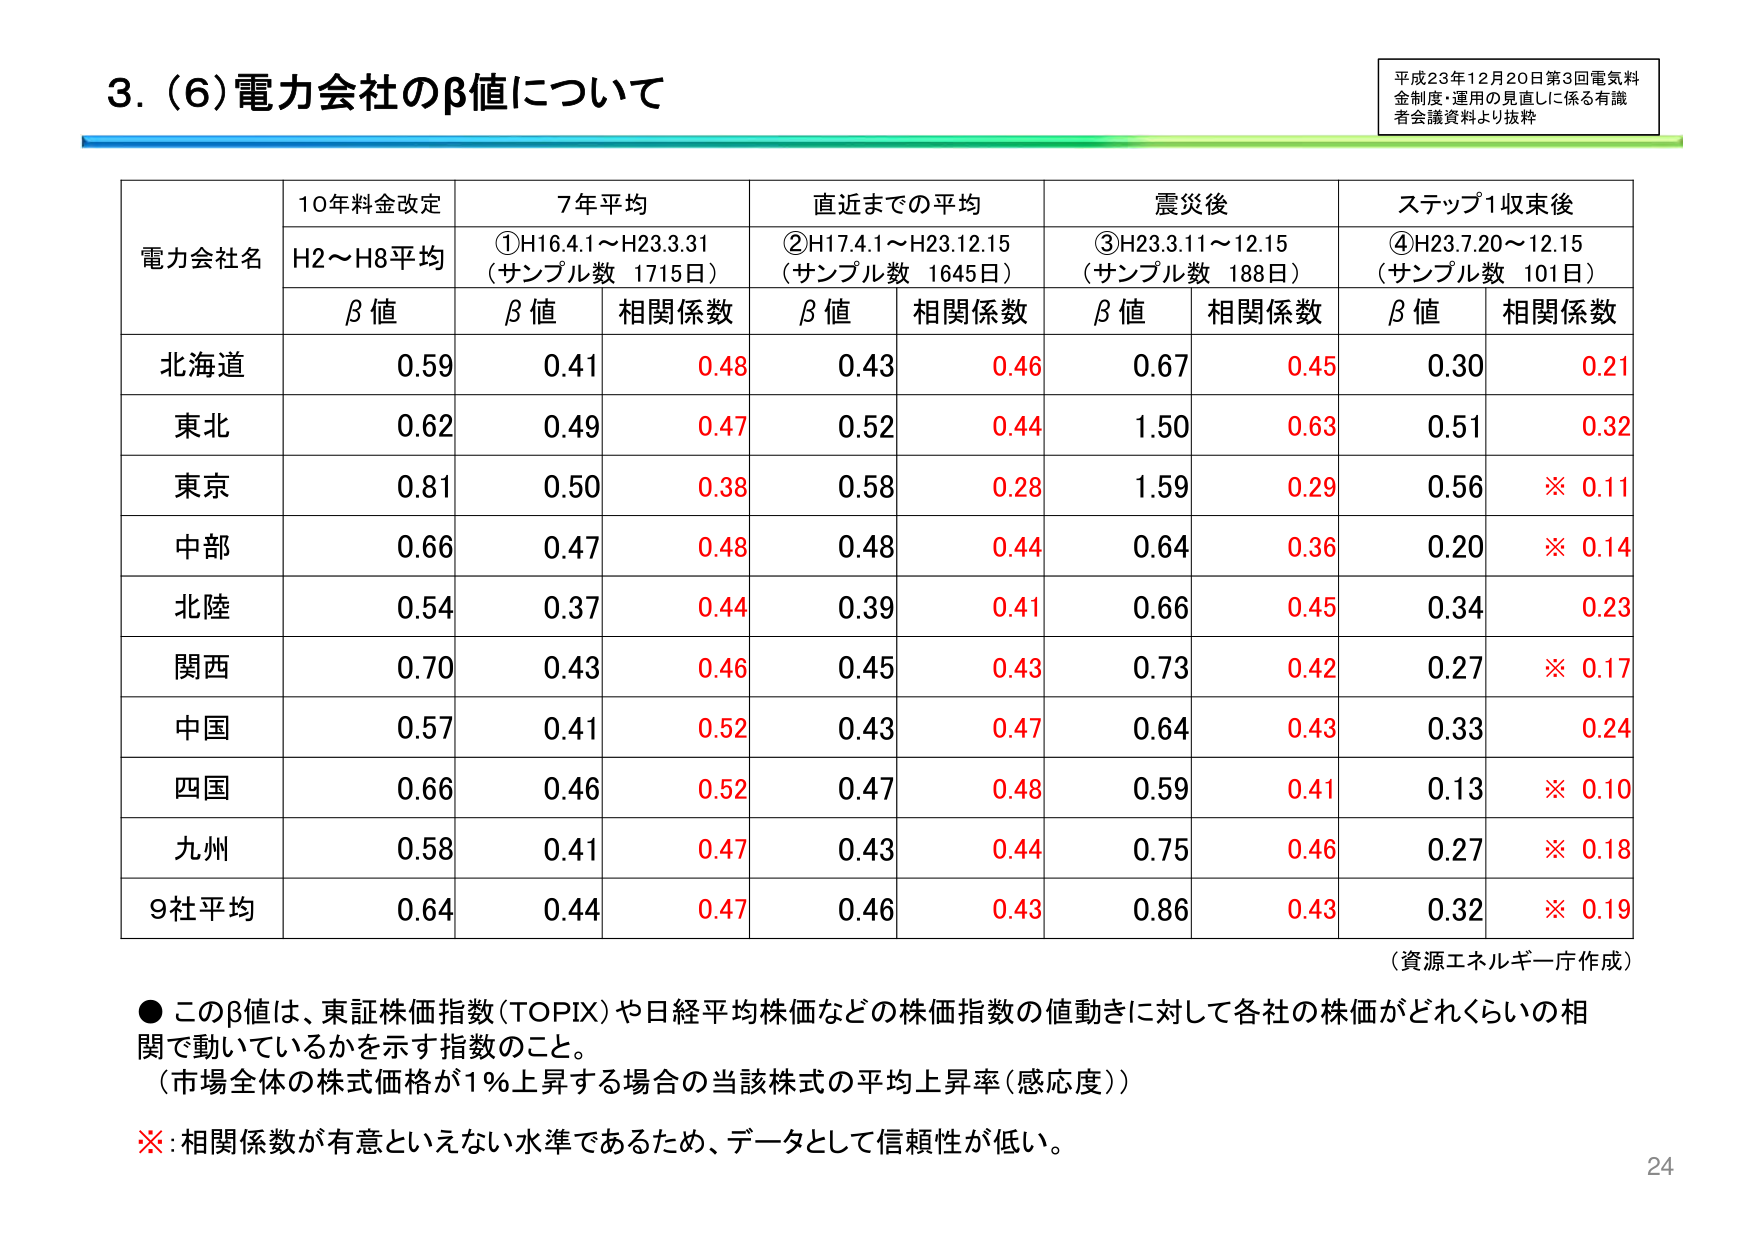
3. (6) 電力会社のβ値について

平成23年12月20日第3回電気料金制度・運用の見直しに係る有識者会議資料より抜粋

電力会社名　10年料金改定　7年平均　直近までの平均　震災後　ステップ1収束後
　　　　　　H2～H8平均　①H16.4.1～H23.3.31　②H17.4.1～H23.12.15　③H23.3.11～12.15　④H23.7.20～12.15
　　　　　　　　　　　　(サンプル数 1715日)　　(サンプル数 1645日)　　(サンプル数 188日)　　(サンプル数 101日)
　　　　　　β値　　β値　相関係数　β値　相関係数　β値　相関係数　β値　相関係数

北海道　　0.59　　0.41　0.48　　0.43　0.46　　0.67　0.45　　0.30　0.21
東北　　0.62　　0.49　0.47　　0.52　0.44　　1.50　0.63　　0.51　0.32
東京　　0.81　　0.50　0.38　　0.58　0.28　　1.59　0.29　　0.56　※ 0.11
中部　　0.66　　0.47　0.48　　0.48　0.44　　0.64　0.36　　0.20　※ 0.14
北陸　　0.54　　0.37　0.44　　0.39　0.41　　0.66　0.45　　0.34　0.23
関西　　0.70　　0.43　0.46　　0.45　0.43　　0.73　0.42　　0.27　※ 0.17
中国　　0.57　　0.41　0.52　　0.43　0.47　　0.64　0.43　　0.33　0.24
四国　　0.66　　0.46　0.52　　0.47　0.48　　0.59　0.41　　0.13　※ 0.10
九州　　0.58　　0.41　0.47　　0.43　0.44　　0.75　0.46　　0.27　※ 0.18
9社平均　0.64　　0.44　0.47　　0.46　0.43　　0.86　0.43　　0.32　※ 0.19

（資源エネルギー庁作成）

● このβ値は、東証株価指数(TOPIX)や日経平均株価などの株価指数の値動きに対して各社の株価がどれくらいの相関で動いているかを示す指数のこと。
（市場全体の株式価格が1％上昇する場合の当該株式の平均上昇率（感応度））

※：相関係数が有意といえない水準であるため、データとして信頼性が低い。

24